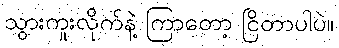
သွားကူးလိုက်နဲ့ ကြာတော့ ငြိတာပါပဲ။